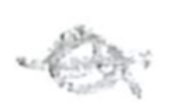
Text: a
Cross-out: mix
Writing tool: pencil